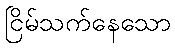
ငြိမ်သက်နေသော